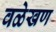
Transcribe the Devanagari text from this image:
वळेखण